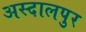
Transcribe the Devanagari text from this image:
अस्दालपुर